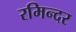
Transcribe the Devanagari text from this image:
रमिन्दर